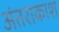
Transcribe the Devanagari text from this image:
अंतराकाश